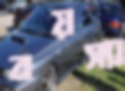
বয়স্যা